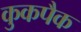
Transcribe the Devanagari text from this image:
कुकपैक